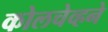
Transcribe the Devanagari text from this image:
कोलचेव्हने